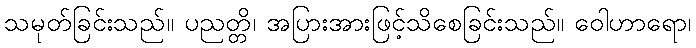
သမုတ်ခြင်းသည်။ ပညတ္တိ၊ အပြားအားဖြင့်သိစေခြင်းသည်။ ဝေါဟာရော၊